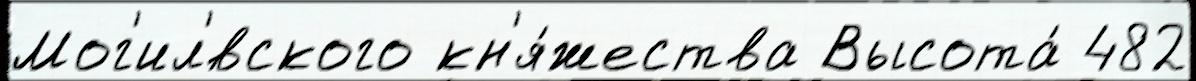
Мог'ил'́вского кн'я́жества Высота́ 482